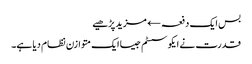
بس ایک دفعہ← مزید پڑھیے
قدرت نے ایکو سسٹم جیسا ایک متوازن نظام دیا ہے۔